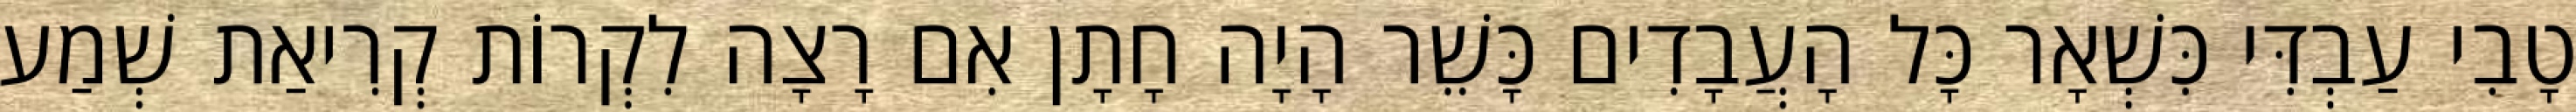
טָבִי עַבְדִּי כִּשְׁאָר כָּל הָעֲבָדִים כָּשֵׁר הָיָה חָתָן אִם רָצָה לִקְרוֹת קְרִיאַת שְׁמַע